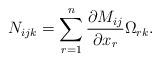
LaTeX: \begin{align*} N_{ijk}=\sum_{r=1}^n \frac{\partial M_{ij}}{\partial x_r} \Omega_{rk}. \end{align*}